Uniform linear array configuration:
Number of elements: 64
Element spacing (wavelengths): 0.75
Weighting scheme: hann
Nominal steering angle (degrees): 45
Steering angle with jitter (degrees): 43.063
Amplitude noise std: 0.05
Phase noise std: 0.05

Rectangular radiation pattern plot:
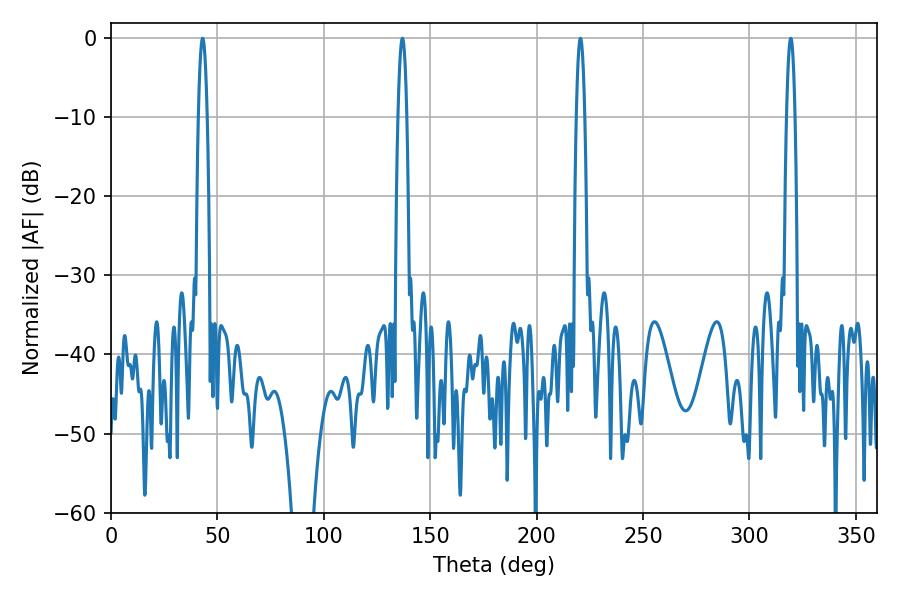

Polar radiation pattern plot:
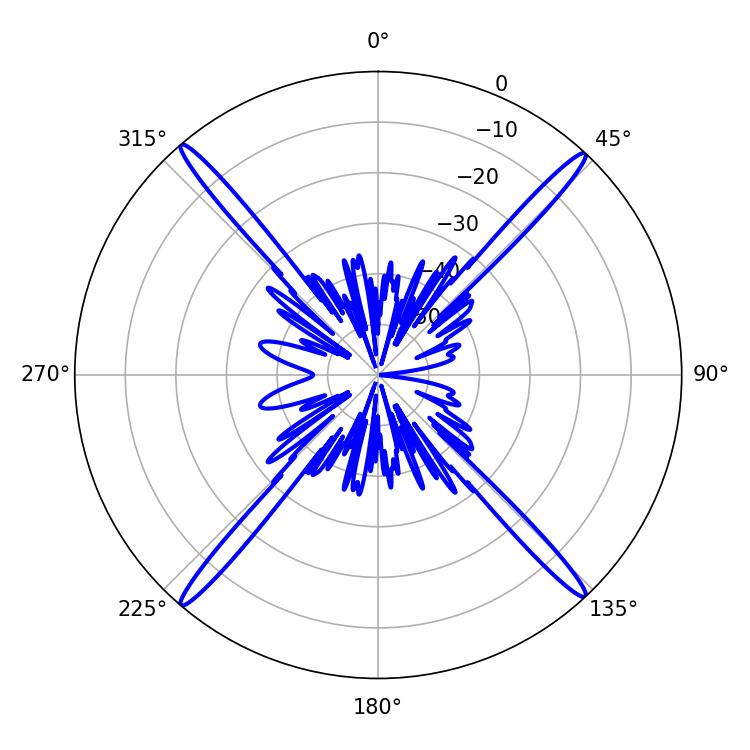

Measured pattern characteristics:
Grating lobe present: TRUE
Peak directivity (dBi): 26.089
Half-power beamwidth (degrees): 2.16
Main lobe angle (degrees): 43.02